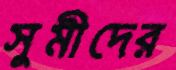
সুমীদের